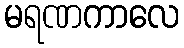
မရဏကာလေ